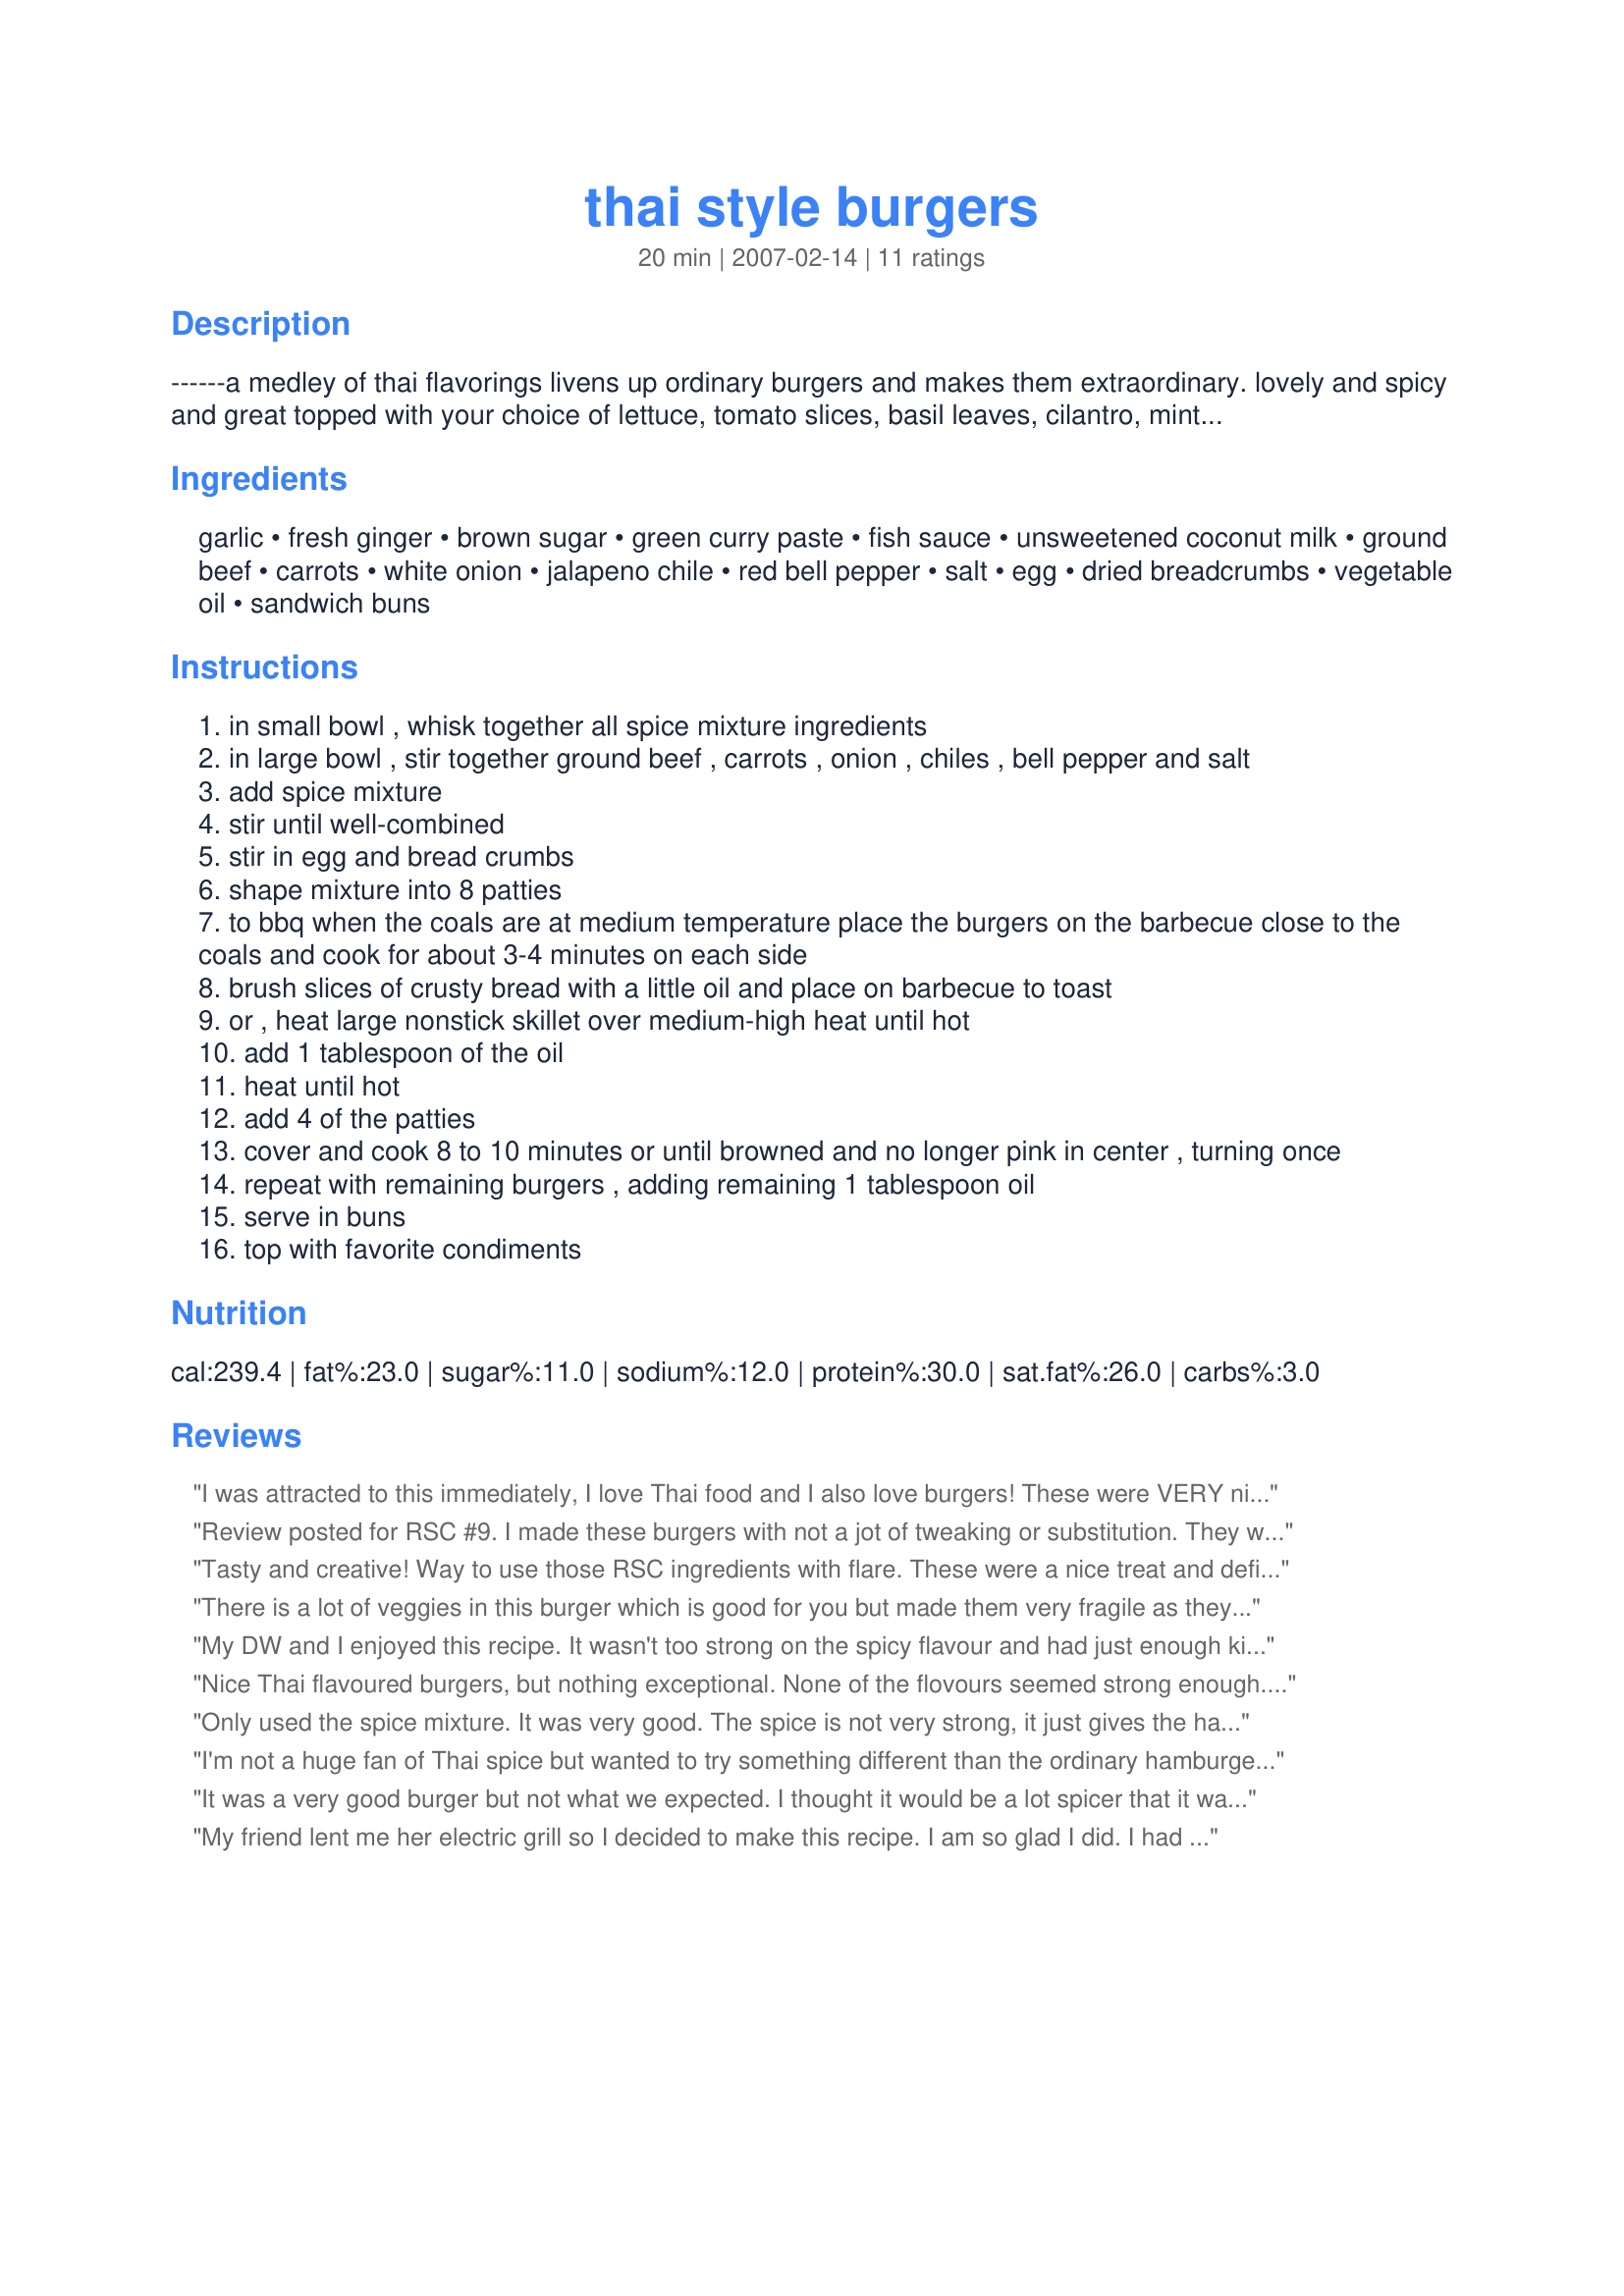
thai style burgers
Preparation time: 20 minutes

------a medley of thai flavorings livens up ordinary burgers and makes them extraordinary. lovely and spicy and great topped with your choice of lettuce, tomato slices, basil leaves, cilantro, mint, thai peanut sauce, mayonnaise, cucumber slices, and garlic or chile paste.------

Ingredients:
garlic, fresh ginger, brown sugar, green curry paste, fish sauce, unsweetened coconut milk, ground beef, carrots, white onion, jalapeno chile, red bell pepper, salt, egg, dried breadcrumbs, vegetable oil, sandwich buns

Steps:
in small bowl , whisk together all spice mixture ingredients
in large bowl , stir together ground beef , carrots , onion , chiles , bell pepper and salt
add spice mixture
stir until well-combined
stir in egg and bread crumbs
shape mixture into 8 patties
to bbq when the coals are at medium temperature place the burgers on the barbecue close to the coals and cook for about 3-4 minutes on each side
brush slices of crusty bread with a little oil and place on barbecue to toast
or , heat large nonstick skillet over medium-high heat until hot
add 1 tablespoon of the oil
heat until hot
add 4 of the patties
cover and cook 8 to 10 minutes or until browned and no longer pink in center , turning once
repeat with remaining burgers , adding remaining 1 tablespoon oil
serve in buns
top with favorite condiments

Reviews:
I was attracted to this immediately, I love Thai food and I also love burgers! These were VERY nice indeed, but we all thought that the spice mixture was just a bit too "busy" and the flavours were getting lost a bit. The burgers were delicious, and we loved the addition of the grated carrot; but we felt that there were too many flavours fighting with each other - I am so glad you posted this recipe however, I have made them a second time and tweaked the spice mixture a bit - I left out the fish sauce, sugar and increased the coconut milk slightly to about 1 and 1/2 tablespoons, and it worked much better for us! Thanks for posting this recipe, I am glad I tried it!
Review posted for RSC #9. I made these burgers with not a jot of tweaking or substitution. They were tasty, but they did not have that extra pizazz one would expect of a "Thai style" burger. The half teaspoon fish sauce and 1 tablespoon coconut milk were not enough to impart a "Thai" taste, and why did the cook use salt instead of soy sauce, which might have been more appropriate? So it seems more forethought could have gone into the recipe. Unfortunately there was no time to grill them, which would have been great. But we ended up with lovely burgers, enjoyable, tasty and flavourful. We did not add much except onion rings and tomato, as it didn't really need anything more. This was a well-set-out recipe, but not yet a 4 star. We enjoyed our meal!! Thanks!
Tasty and creative! Way to use those RSC ingredients with flare. These were a nice treat and definitely out of the ordinary! Thanks chef! Best of luck!
There is a lot of veggies in this burger which is good for you but made them very fragile as they came apart easily. So be sure to keep the heat not to high because it should be flipped only once. Less handling the better also stove top is the better way to cook I made mine on the grill and had to be very carefull. 
 I didn't get much of the Thai flavor coming through it seemed more just like a veggie burger. Panko crumbs in place of the bread crumbs would be a good thing. I expected an explosion of flavor which Thai food is known for ans didn`t get it. I suggest using Thai chili`s in place of the jalapeno for more heat. I made it on the roll as suggested but it would have be great in a lettuce wrap. As for no topping in the recipe I suggest a limey, mint, cucumber relish or a spicy peanut sauce. Mint, Thai basil, lemongrass, and cilantro would all have been great toppings to give this burger a more authentic Thai style. Thanks.
My DW and I enjoyed this recipe. It wasn't too strong on the spicy flavour and had just enough kick to make it different. I will be making these again. good luck, I see it's a contender.
Nice Thai flavoured burgers, but nothing exceptional. None of the flovours seemed strong enough. Possibly one I will try again, but with some definite tweaking involved.
Only used the spice mixture. It was very good. The spice is not very strong, it just gives the hamburgers a little extra flavor. I don't think the flavor is strong enough to make anyone not like it, but at the same time it is a different enough flavor to add a little excitement to normal burgers. Will definitely make it again.
I'm not a huge fan of Thai spice but wanted to try something different than the ordinary hamburgers. This had subtle flavors which made it a delicious difference. My son and I really enjoyed these.
It was a very good burger but not what we expected. I thought it would be a lot spicer that it was, there was no distinct flavour. couldn't taste the ginger, curry, or jalepeno. If I were to make it again I would leave out the breadcrumbs and double the spice mix. I did roast them in the oven but I really don't think that made a difference. It was a good meatie burger and did have a good basic flavour. Thanks for posting and good luck in the contest.
My friend lent me her electric grill so I decided to make this recipe. I am so glad I did. I had to use red curry paste b/c I could not get green but I don't think it changed the recipe that much. I also used fresh breadcrumbs because I was out of dried. I loved the fresh ginger in the recipe! I used the processor to process the carrots & bell pepper so that the 5 year old wouldn't notice them. Everyone loved these burgers, even DH2B who cannot stand coconut and detect it from a mile away! I will make these again! Good Luck Chef!
Other than substituting ground turkey I followed the recipe exactly. I liked the inclusion of veggies in the burger. I thought it was a nice way to add veggies to the diet especially if you have kids. The flavor was good and had a representative Thai flavor. 

My problem with this recipe was the meat mixture was too moist to form into patties. I ended up adding more breadcrumbs and the patties were to soft to be grilled. I pan fried and they were still very fragile. 

I would make this again after tweaking a bit and probably add cilantro into the meat. Thank you for your creative entry and good luck in the contest!
